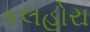
કલહોરા